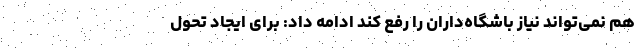
هم نمی‌تواند نیاز باشگاه‌داران را رفع کند ادامه داد: برای ایجاد تحول